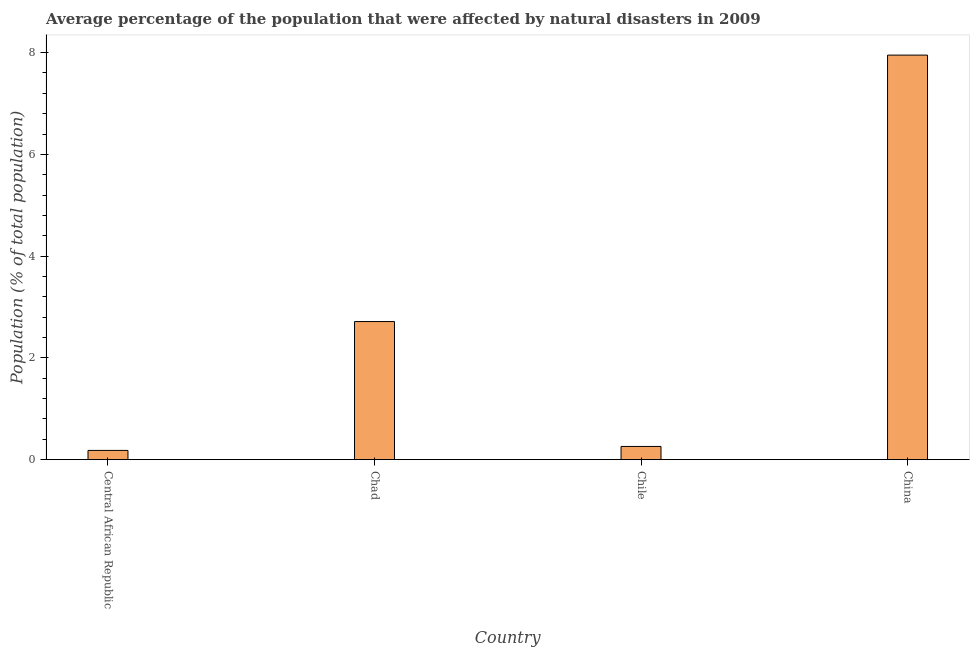
| Country | Droughts |
 | --- | --- |
 | Central African Republic | 0.182 |
 | Chad | 2.71 |
 | Chile | 0.26 |
 | China | 7.95 |